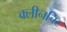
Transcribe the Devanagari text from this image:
क्लीनचिट